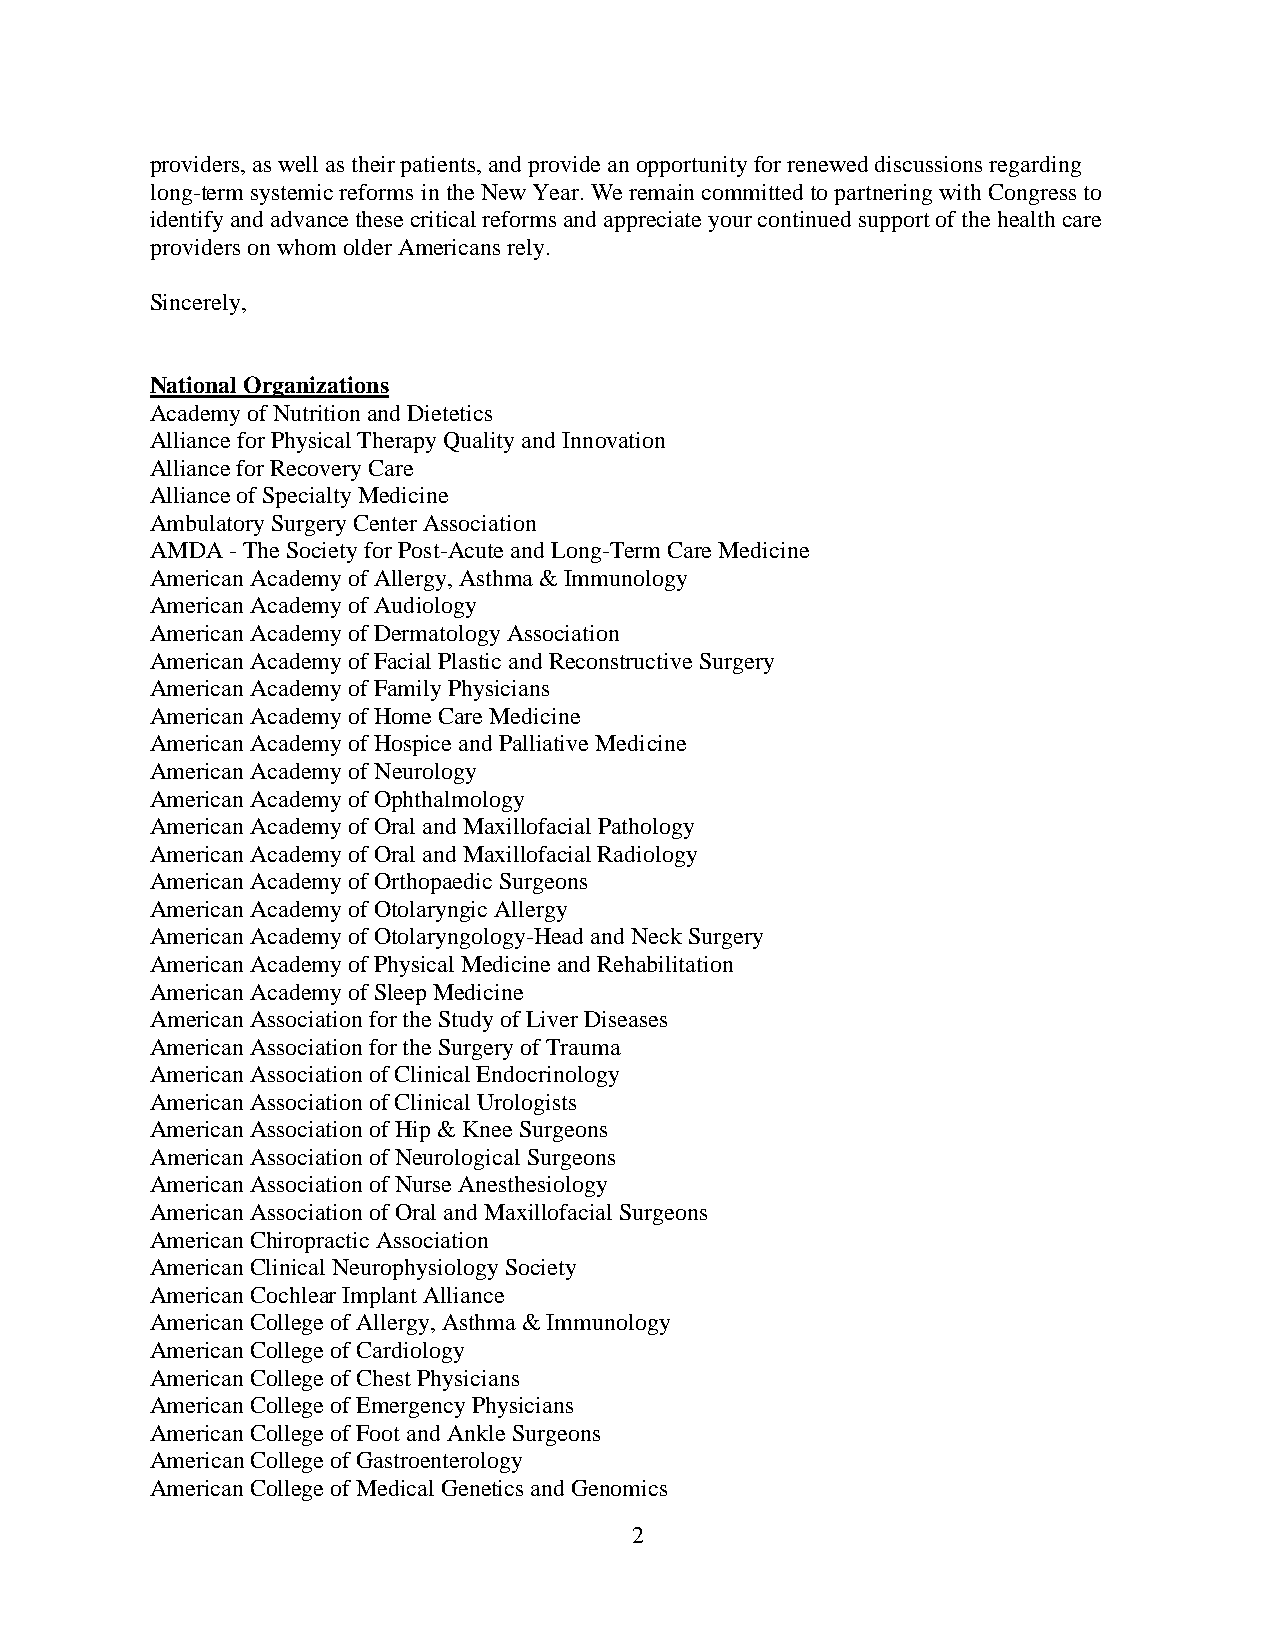
providers, as well as their patients, and provide an opportunity for renewed discussions regarding
 long-term systemic reforms in the New Year. We remain committed to partnering with Congress to
 identify and advance these critical reforms and appreciate your continued support of the health care
 providers on whom older Americans rely.
 Sincerely,
 National Organizations
 Academy of Nutrition and Dietetics
 Alliance for Physical Therapy Quality and Innovation
 Alliance for Recovery Care
 Alliance of Specialty Medicine
 Ambulatory Surgery Center Association
 AMDA - The Society for Post-Acute and Long-Term Care Medicine
 American Academy of Allergy, Asthma & Immunology
 American Academy of Audiology
 American Academy of Dermatology Association
 American Academy of Facial Plastic and Reconstructive Surgery
 American Academy of Family Physicians
 American Academy of Home Care Medicine
 American Academy of Hospice and Palliative Medicine
 American Academy of Neurology
 American Academy of Ophthalmology
 American Academy of Oral and Maxillofacial Pathology
 American Academy of Oral and Maxillofacial Radiology
 American Academy of Orthopaedic Surgeons
 American Academy of Otolaryngic Allergy
 American Academy of Otolaryngology-Head and Neck Surgery
 American Academy of Physical Medicine and Rehabilitation
 American Academy of Sleep Medicine
 American Association for the Study of Liver Diseases
 American Association for the Surgery of Trauma
 American Association of Clinical Endocrinology
 American Association of Clinical Urologists
 American Association of Hip & Knee Surgeons
 American Association of Neurological Surgeons
 American Association of Nurse Anesthesiology
 American Association of Oral and Maxillofacial Surgeons
 American Chiropractic Association
 American Clinical Neurophysiology Society
 American Cochlear Implant Alliance
 American College of Allergy, Asthma & Immunology
 American College of Cardiology
 American College of Chest Physicians
 American College of Emergency Physicians
 American College of Foot and Ankle Surgeons
 American College of Gastroenterology
 American College of Medical Genetics and Genomics
 2